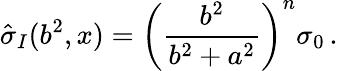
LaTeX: {\hat{\sigma}}_{I}(b^{2},x)=\left(\frac{b^{2}}{b^{2}+a^{2}}\right)^{n}\sigma_{0}\, .